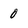
Character: 0